Vaccination in Bombay 1913-1923 - 1913-1923
Year: 1913
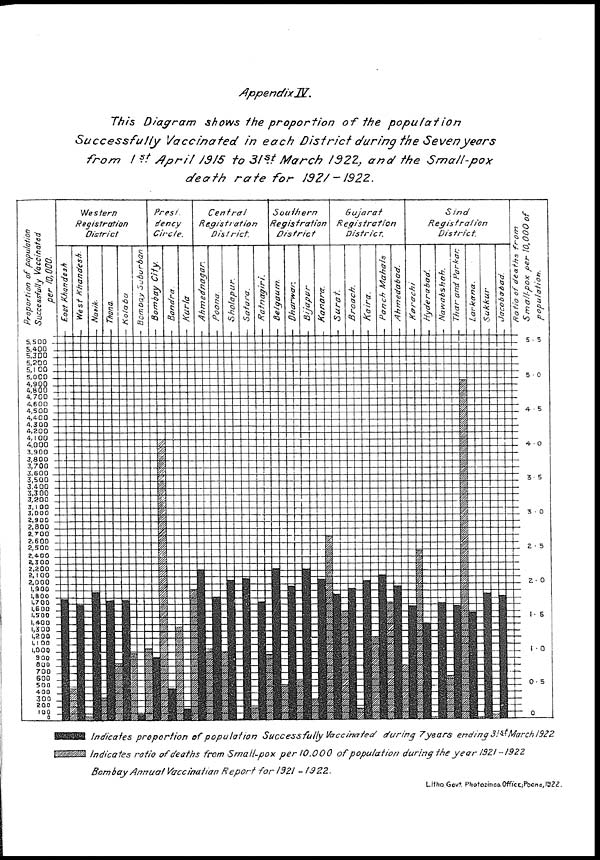
Appendix IV.
This Diagram shows the proportion of the
population
Successfully
Vaccinated in each District during the Seven years
from 1st April 1915 to 31st March 1922, and the
Small-pox
death
rate for
1921-1922.